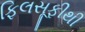
ફિલસૂફીથી